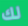
لك